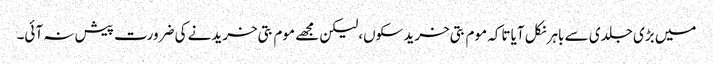
میں بڑی جلدی سے باہر نکل آیا تاکہ موم بتی خرید سکوں،لیکن مجھے موم بتی خریدنے کی ضرورت پیش نہ آئی۔